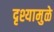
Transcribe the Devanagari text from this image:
दृश्यामुळे